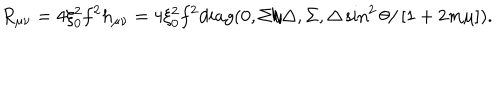
LaTeX: R _ { \mu \nu } = 4 \xi _ { 0 } ^ { 2 } f ^ { 2 } h _ { \mu \nu } = 4 \xi _ { 0 } ^ { 2 } f ^ { 2 } d i a g ( 0 , \Sigma / \Delta , \Sigma , \Delta \sin ^ { 2 } \theta / \left[ 1 + 2 m \mu \right] ) .